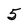
Character: 5